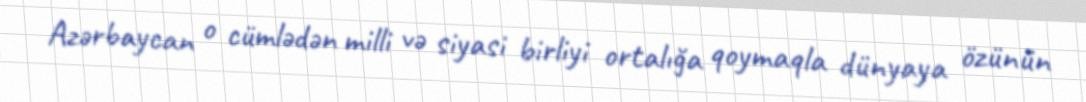
Azərbaycan o cümlədən milli və siyasi birliyi ortalığa qoymaqla dünyaya özünün